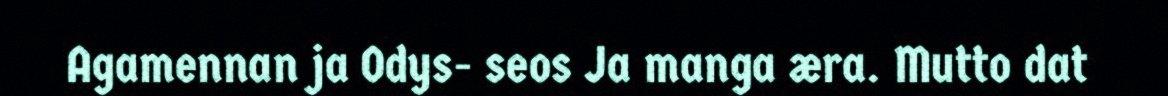
Agamennan ja Odys- seos Ja manga æra. Mutto dat